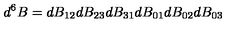
d ^ { 6 } B = d B _ { 1 2 } d B _ { 2 3 } d B _ { 3 1 } d B _ { 0 1 } d B _ { 0 2 } d B _ { 0 3 }